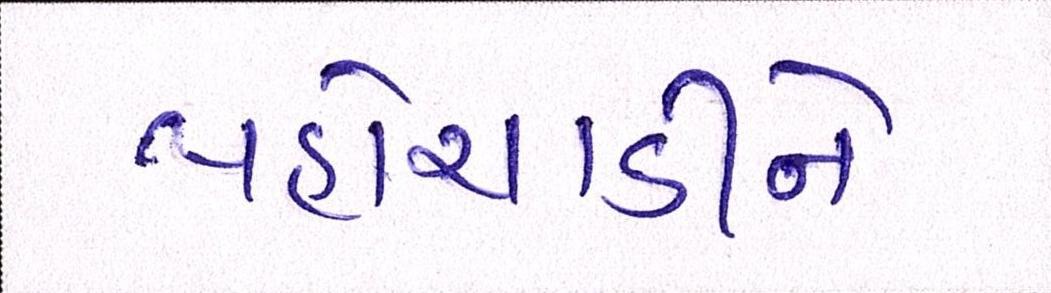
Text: પહોંચાડીને